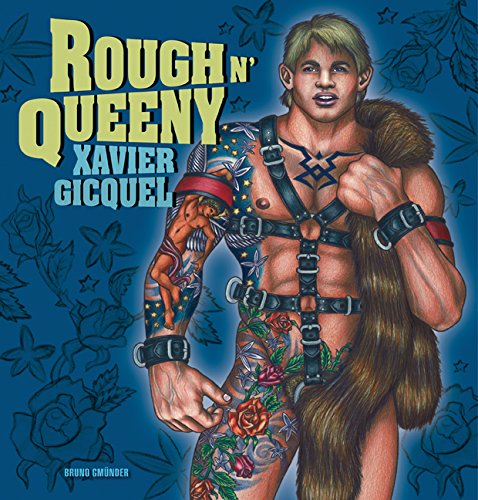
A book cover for Rough n' Queeny; Gay & Lesbian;